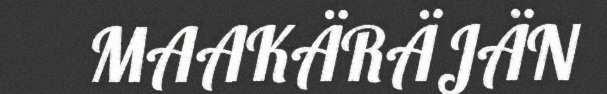
MAAKÄRÄJÄN